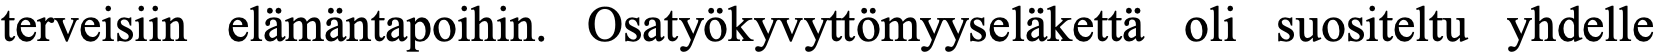
terveisiin elämäntapoihin. Osatyökyvyttömyyseläkettä oli suositeltu yhdelle